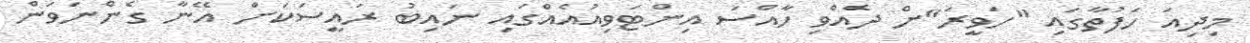
މިދިއަ ހަފުތާގައި "ހަވީރަ"ށް ދެއްވި ހާއްސަ އިންޓަވިއުއެއްގައި ނައިބު ރައީސަކަށް އޭނާ ގެންނަވަން